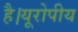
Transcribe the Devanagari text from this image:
है।यूरोपीय